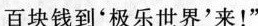
百块钱到‘极乐世界’来！”